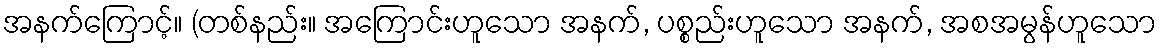
အနက်ကြောင့်။ (တစ်နည်း။ အကြောင်းဟူသော အနက်, ပစ္စည်းဟူသော အနက်, အစအမွန်ဟူသော